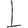
Digit: 1